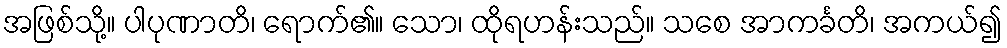
အဖြစ်သို့။ ပါပုဏာတိ၊ ရောက်၏။ သော၊ ထိုရဟန်းသည်။ သစေ အာကင်္ခတိ၊ အကယ်၍